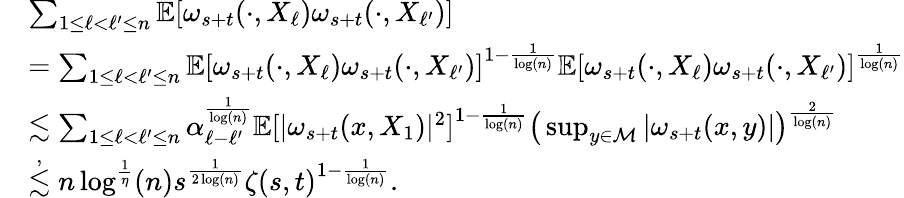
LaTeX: \begin{array}{rl}&{\sum_{1\leq\ell<\ell^{\prime}\leq n}\mathbb{E}[\omega_{s+t}(\cdot,X_{\ell})\omega_{s+t}(\cdot,X_{\ell^{\prime}})]}\\ &{=\sum_{1\leq\ell<\ell^{\prime}\leq n}\mathbb{E}[\omega_{s+t}(\cdot,X_{\ell})\omega_{s+t}(\cdot,X_{\ell^{\prime}})]^{1-\frac{1}{\log(n)}}\mathbb{E}[\omega_{s+t}(\cdot,X_{\ell})\omega_{s+t}(\cdot,X_{\ell^{\prime}})]^{\frac{1}{\log(n)}}}\\ &{\lesssim\sum_{1\leq\ell<\ell^{\prime}\leq n}\alpha_{\ell-\ell^{\prime}}^{\frac{1}{\log(n)}}\mathbb{E}[\vert\omega_{s+t}(x,X_{1})\vert^{2}]^{1-\frac{1}{\log(n)}}\big(\operatorname*{sup}_{y\in\mathcal{M}}\vert\omega_{s+t}(x,y)\vert\big)^{\frac{2}{\log(n)}}}\\ &{\stackrel{,}\lesssim n\log^{\frac{1}{\eta}}(n)s^{\frac{1}{2\log(n)}}\zeta(s,t)^{1-\frac{1}{\log(n)}}.}\end{array}